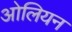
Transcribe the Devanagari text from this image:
ओलियन